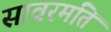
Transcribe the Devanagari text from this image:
सावरमति